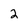
Character: 2